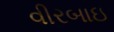
વીરબાઇ